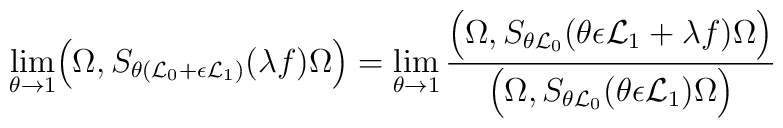
\lim_{\theta\to 1}\Bigl(\Omega,S_{\theta ({\cal L}_0+\epsilon {\cal L}_1)}(\lambda f)\Omega\Bigr)=\lim_{\theta\to 1}\frac{\Bigl(\Omega,S_{\theta {\cal L}_0}(\theta\epsilon {\cal L}_1+\lambda f)\Omega\Bigr)}{\Bigl(\Omega,S_{\theta {\cal L}_0}(\theta\epsilon {\cal L}_1)\Omega\Bigr)}